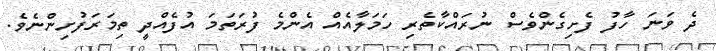
ދެ ވަނަ ހާފު ފެށިގެންވެސް ނުރައްކާތެރި ހަމަލާއެއް އެންމެ ފުރަތަމަ އުފެއްދީ ތިމަރަފުށިންނެވެ.